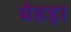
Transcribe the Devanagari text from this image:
बेहड़ा